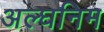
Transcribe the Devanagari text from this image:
अल्घनिम